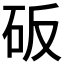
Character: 𰦥